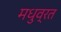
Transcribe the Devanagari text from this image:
मधुव्रत